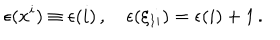
\epsilon ( x ^ { i } ) \equiv \epsilon ( i ) \, , \quad \epsilon ( \xi _ { 1 i } ) = \epsilon ( i ) + 1 \, .